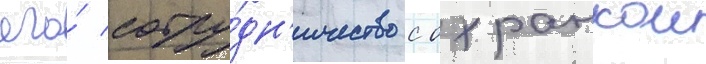
его́ сотру́дн'ичество с охранкои